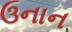
ઉનાન